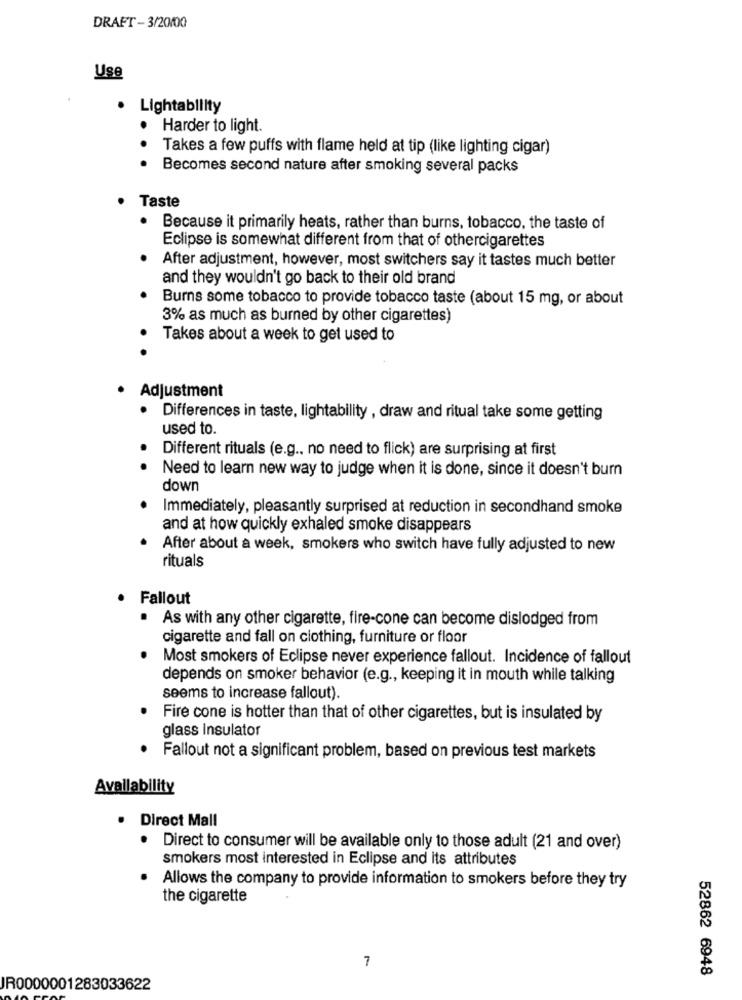
DRAFT-3/20/00
Use
Lightability
.
Harder to light.
Takes a few puffs with flame held at tip (like lighting cigar)
Becomes second nature after smoking several packs
Taste
Because it primarily heats, rather than burns, tobacco, the taste of
Eclipse is somewhat different from that of othercigarettes
After adjustment, however, most switchers say it tastes much better
and they wouldn't go back to their old brand
Burns some tobacco to provide tobacco taste (about 15 mg, or about
3% as much as burned by other cigarettes)
Takes about a week to get used to
Adjustment
Differences in taste, lightability , draw and ritual take some getting
used to.
Different rituals (e.g ., no need to flick) are surprising at first
Need to learn new way to judge when it is done, since it doesn't burn
down
Immediately, pleasantly surprised at reduction in secondhand smoke
and at how quickly exhaled smoke disappears
After about a week, smokers who switch have fully adjusted to new
rituals
· Fallout
As with any other cigarette, fire-cone can become dislodged from
cigarette and fall on clothing, furniture or floor
Most smokers of Eclipse never experience fallout. Incidence of fallout
depends on smoker behavior (e.g ., keeping it in mouth while talking
seems to increase fallout).
Fire cone is hotter than that of other cigarettes, but is insulated by
glass Insulator
Fallout not a significant problem, based on previous test markets
Availability
. Direct Mall
.
Direct to consumer will be available only to those adult (21 and over)
smokers most interested in Eclipse and its attributes
Allows the company to provide information to smokers before they try
the cigarette
7
52862 6948
JR0000001283033622